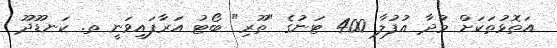
އަތޮޅުތަކަށް މުދާ އުފުލާ 400 ޓަނުގެ "ތޫރި" ބޯޓު އަރާފައިވަނީ ތ. ކަނޑޫދޫ